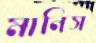
মানিস